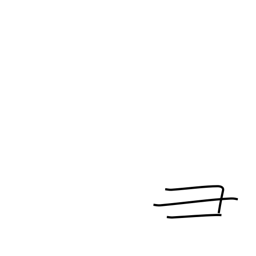
Meaning: pig's head radical (no. 58)